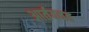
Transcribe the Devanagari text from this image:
आर्तववह